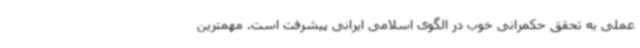
عملی به تحقق حکمرانی خوب در الگوی اسلامی ایرانی پیشرفت است. مهمترین